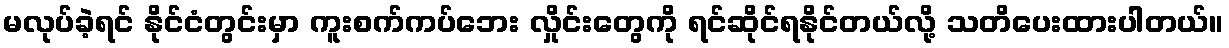
မလုပ်ခဲ့ရင် နိုင်ငံတွင်းမှာ ကူးစက်ကပ်ဘေး လှိုင်းတွေကို ရင်ဆိုင်ရနိုင်တယ်လို့ သတိပေးထားပါတယ်။